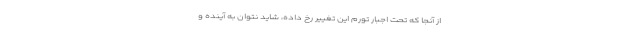
از آنجا که تحت اجبار تورم این تغییر رخ داده، شاید نتوان به آینده و